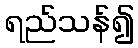
ရည်သန်၍